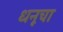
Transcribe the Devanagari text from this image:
धनूचा